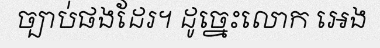
ច្បាប់ផងដែរ។ ដូច្នេះលោក អេង